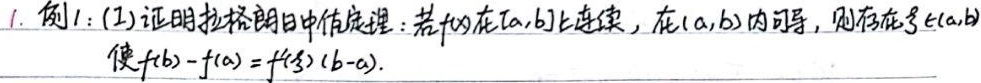
1. 例1：(1) 证明拉格朗日中值定理：若\(f(x)\)在\([a,b]\)上连续，在\((a,b)\)内可导，则存在\(\xi\in(a,b)\)使\(f(b)-f(a)=f'(\xi)(b - a)\).